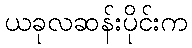
ယခုလဆန်းပိုင်းက